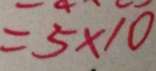
= 5 \times 1 0